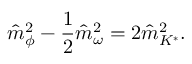
\hat { m } _ { \phi } ^ { 2 } - \frac { 1 } { 2 } \hat { m } _ { \omega } ^ { 2 } = 2 \hat { m } _ { K ^ { * } } ^ { 2 } .